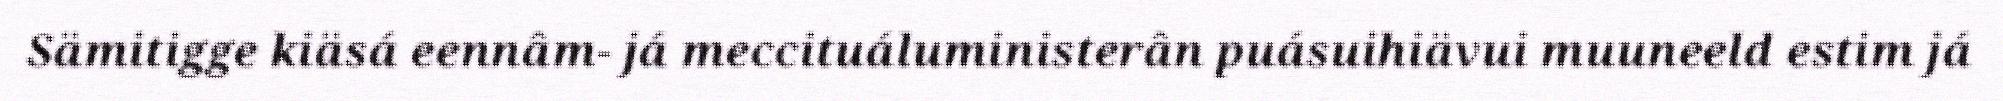
Sämitigge kiäsá eennâm- já meccituáluministerân puásuihiävui muuneeld estim já